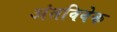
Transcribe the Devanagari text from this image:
अंतविवेक